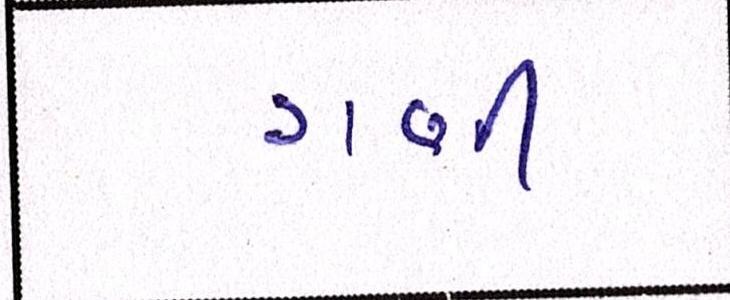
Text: ગણી